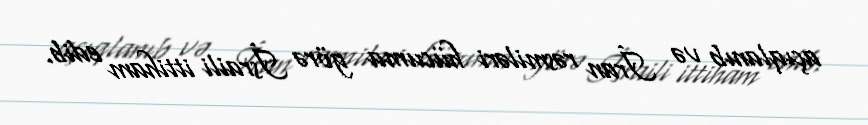
açıqlanıb və İran rəsmiləri hücuma görə İsraili ittiham edib.